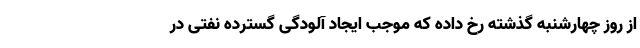
از روز چهارشنبه گذشته رخ داده که موجب ایجاد آلودگی گسترده نفتی در